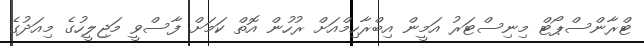
ޓްރާންސްޕޯޓް މިނިސްޓަރު އަމީން އިބްރާހިމްއަށް ރުހުން އޮތް ކަމަށް ފާސްވީ މަޖިލީހުގެ މިއަދުގެ